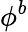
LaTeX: \phi^{b}